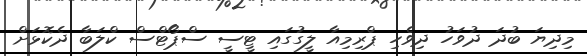
މިދިޔަ ބުދަ ދުވަހު ދިވެހި ޕްރިމިއާ ލީގުގައި ޓީސީ ސްޕޯޓްސް ކްލަބާ ދެކޮޅަށް